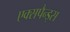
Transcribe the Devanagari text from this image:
एक्सपैन्ड्स